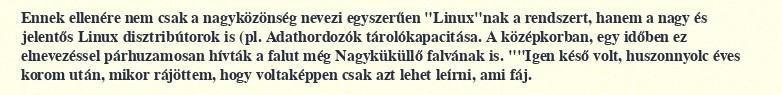
Ennek ellenére nem csak a nagyközönség nevezi egyszerűen "Linux"nak a rendszert, hanem a nagy és jelentős Linux disztribútorok is (pl. Adathordozók tárolókapacitása. A középkorban, egy időben ez elnevezéssel párhuzamosan hívták a falut még Nagyküküllő falvának is. ""Igen késő volt, huszonnyolc éves korom után, mikor rájöttem, hogy voltaképpen csak azt lehet leírni, ami fáj.